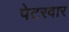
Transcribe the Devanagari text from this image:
पेटरवार